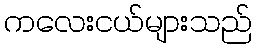
ကလေးငယ်များသည်